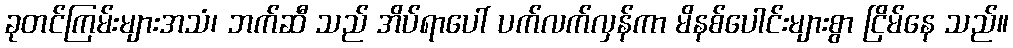
ခုတင်ကြမ်းများအသံ၊ ဘက်ဆီ သည် အိပ်ရာပေါ် ပက်လက်လှန်ကာ မိနစ်ပေါင်းများစွာ ငြိမ်နေ သည်။